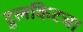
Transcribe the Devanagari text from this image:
टुलकिटचा